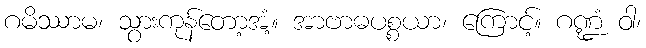
ဂမိဿာမ၊ သွားကုန်တော့အံ့။ အာဗာဓပစ္စယာ၊ ကြောင့်။ ဂဏ္ဍံ ဝါ၊